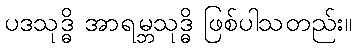
ပဒသုဒ္ဓိ အာရမ္ဘသုဒ္ဓိ ဖြစ်ပါသတည်း။